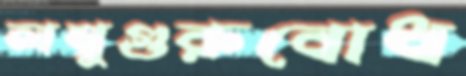
লঘুগুরুবোধ